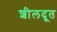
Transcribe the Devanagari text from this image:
शीलदूत